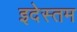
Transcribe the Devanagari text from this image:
इदेस्तम